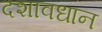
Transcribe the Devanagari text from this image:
दशावधान